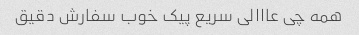
همه چی عااالی سریع پیک خوب سفارش دقیق